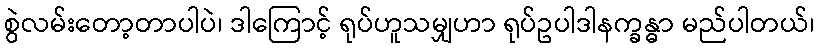
စွဲလမ်းတော့တာပါပဲ၊ ဒါကြောင့် ရုပ်ဟူသမျှဟာ ရုပ်ဥပါဒါနက္ခန္ဓာ မည်ပါတယ်၊